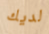
لديك